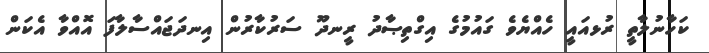
ކަހާނުލާތީ ރުޅއައީ ހެއްޔެވެ ގައުމުގެ އިގްތިޞާދު ރީނދޫ ސަރުކާރުން އިނދަޖައްސާލާފަ އޮއްވާ އެކަން